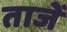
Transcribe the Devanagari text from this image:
ताजें